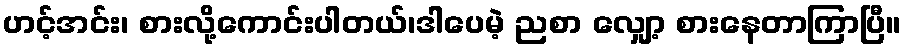
ဟင့်အင်း၊ စားလို့ကောင်းပါတယ်၊ဒါပေမဲ့ ညစာ လျှော့ စားနေတာကြာပြီ။